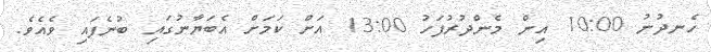
ހެނދުނު 10:00 އިން މެންދުރުފަހު 13:00 އަށް ކަމަށް އެބަޔާނުގައި ބުނެފައި ވެއެވެ.